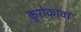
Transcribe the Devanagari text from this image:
कुरोकावा